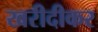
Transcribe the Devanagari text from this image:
खरीदीकर